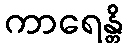
ကာရေန္တိ